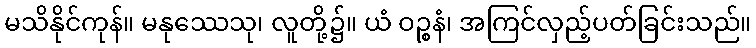
မသိနိုင်ကုန်။ မနုဿေသု၊ လူတို့၌။ ယံ ဝဉ္စနံ၊ အကြင်လှည့်ပတ်ခြင်းသည်။